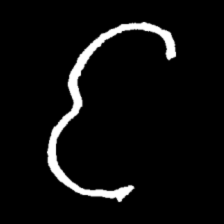
Pyu character \u2014 Myanmar letter: င (romanized: nga)